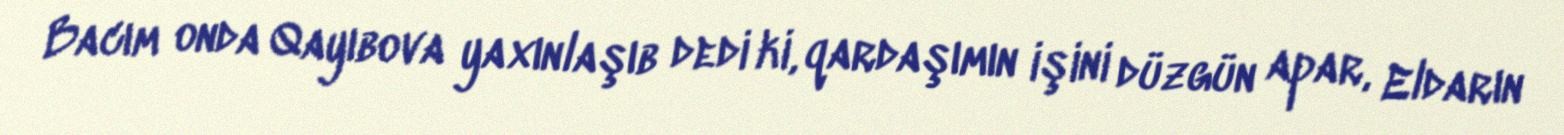
Bacım onda Qayıbova yaxınlaşıb dedi ki, qardaşımın işini düzgün apar, Eldarın